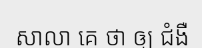
សាលា គេ ថា ឲ្យ ជំងឺ